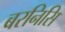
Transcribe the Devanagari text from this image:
बरनिसि